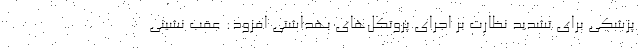
پزشکی برای تشدید نظارت بر اجرای پروتکل‌های بهداشتی افزود: عقب نشینی